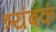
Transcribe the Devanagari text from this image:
त्र्यंबकं